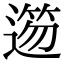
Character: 𨖃